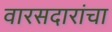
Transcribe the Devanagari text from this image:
वारसदारांचा